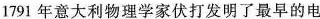
1791年意大利物理学家伏打发明了最早的电